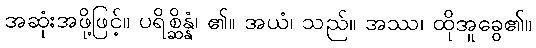
အဆုံးအဖို့ဖြင့်။ ပရိစ္ဆိန္နံ၊ ၏။ အယံ၊ သည်။ အဿ၊ ထိုအူခွေ၏။